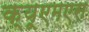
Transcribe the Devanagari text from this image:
क्यूएमएस